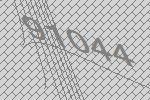
91044